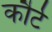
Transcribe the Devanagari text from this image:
कौर्ट